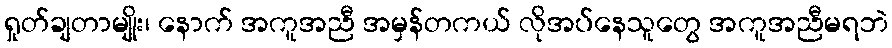
ရှုတ်ချတာမျိုး၊ နောက် အကူအညီ အမှန်တကယ် လိုအပ်နေသူတွေ အကူအညီမရဘဲ